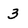
Character: 3